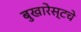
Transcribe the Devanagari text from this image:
बुखारेस्टचे